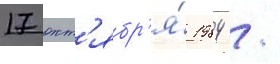
17 окт'ябр'я́ 1984 /